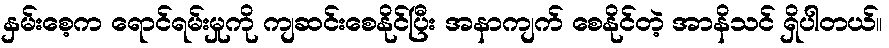
နှမ်းစေ့က ရောင်ရမ်းမှုကို ကျဆင်းစေနိုင်ပြီး အနာကျက် စေနိုင်တဲ့ အာနိသင် ရှိပါတယ်။